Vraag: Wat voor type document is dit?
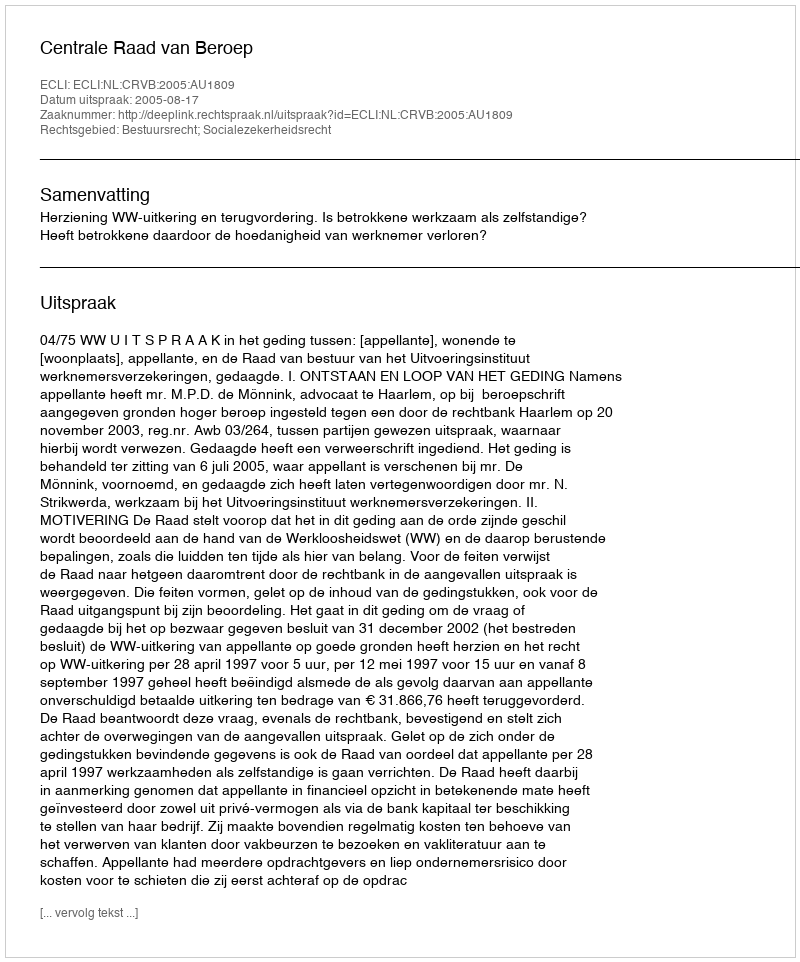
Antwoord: Uitspraak